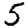
Digit: 5